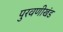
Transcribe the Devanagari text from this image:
पुरवणीखंड